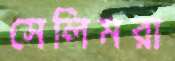
সেলিমরা